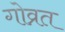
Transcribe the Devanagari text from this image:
गोव्रत